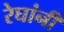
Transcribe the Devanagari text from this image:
रेघांनी